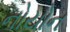
નોયોન